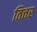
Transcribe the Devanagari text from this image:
तित्तर